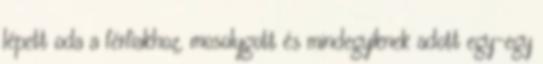
lépett oda a férfiakhoz, mosolygott és mindegyiknek adott egy-egy